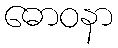
ဓောဝနာ